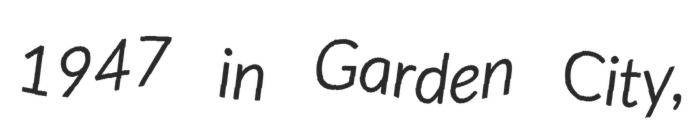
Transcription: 1947 in Garden City,